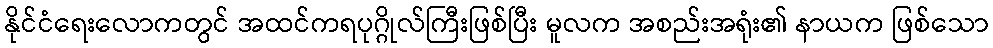
နိုင်ငံရေးလောကတွင် အထင်ကရပုဂ္ဂိုလ်ကြီးဖြစ်ပြီး မူလက အစည်းအရုံး၏ နာယက ဖြစ်သော